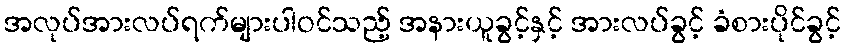
အလုပ်အားလပ်ရက်များပါဝင်သည့် အနားယူခွင့်နှင့် အားလပ်ခွင့် ခံစားပိုင်ခွင့်